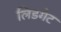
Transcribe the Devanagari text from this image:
लिडगेट